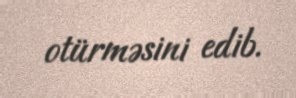
otürməsini edib.